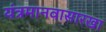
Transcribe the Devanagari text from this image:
यंत्रमानवासारखा